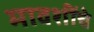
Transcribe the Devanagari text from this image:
मावशींचे